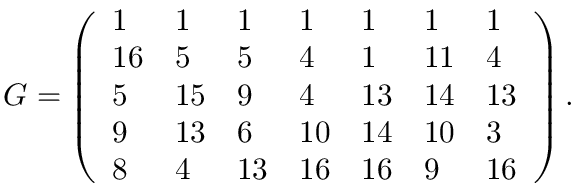
\begin{array} { r } { G = \left( \begin{array} { l l l l l l l } { 1 } & { 1 } & { 1 } & { 1 } & { 1 } & { 1 } & { 1 } \\ { 1 6 } & { 5 } & { 5 } & { 4 } & { 1 } & { 1 1 } & { 4 } \\ { 5 } & { 1 5 } & { 9 } & { 4 } & { 1 3 } & { 1 4 } & { 1 3 } \\ { 9 } & { 1 3 } & { 6 } & { 1 0 } & { 1 4 } & { 1 0 } & { 3 } \\ { 8 } & { 4 } & { 1 3 } & { 1 6 } & { 1 6 } & { 9 } & { 1 6 } \end{array} \right) . } \end{array}